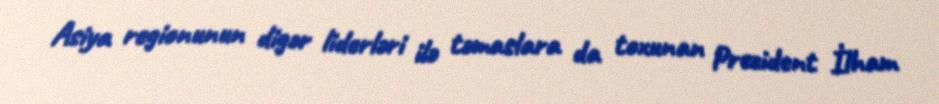
Asiya regionunun digər liderləri ilə təmaslara da toxunan Prezident İlham